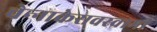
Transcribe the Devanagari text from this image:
चेन्‍नाकेसवस्‍वामी